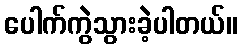
ပေါက်ကွဲသွားခဲ့ပါတယ်။